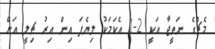
މެޗްގެ ނަތީޖާ އަކީ 2-1 އެކަމަކު ލިޔެފަ އިން އިރު ޗިލީ އަށް